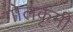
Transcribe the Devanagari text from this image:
गोलकृमी